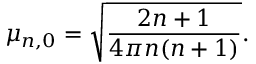
\mu _ { n , 0 } = \sqrt { \frac { 2 n + 1 } { 4 \pi n ( n + 1 ) } } .